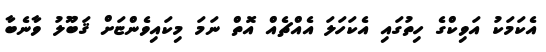
އެކަމަކު އަވިކްގެ ހިތުގައި އެކަހަލަ އެއްޗެއް އޮތް ނަމަ މިކައިވެންޏަށް ޤަބޫލު ވާނެބާ